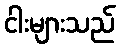
ငါးများသည်